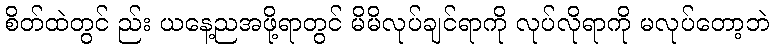
စိတ်ထဲတွင် ည်း ယနေ့ညအဖို့ရာတွင် မိမိလုပ်ချင်ရာကို လုပ်လိုရာကို မလုပ်တော့ဘဲ